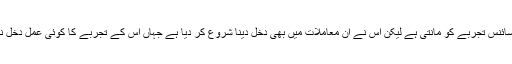
چہارم: سائنس تجربے کو مانتی ہے لیکن اس نے ان معاملات میں بھی دخل دینا شروع کر دیا ہے جہاں اس کے تجربے کا کوئی عمل دخل نہیں ہے۔